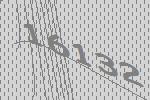
16132